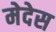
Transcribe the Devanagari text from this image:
मेदेस